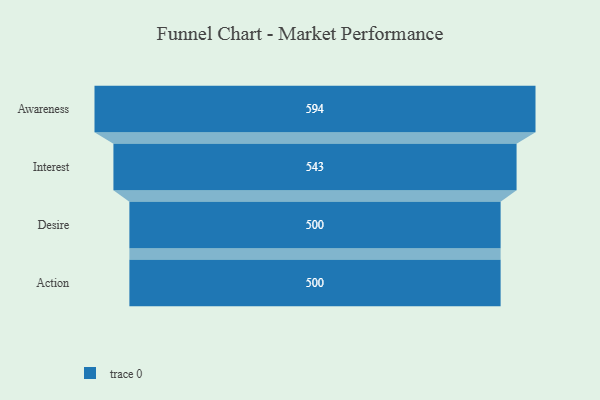
{"axis": {"x": "Stage", "y": "Value"}, "legend": [""], "data": [{"x": "Awareness", "y": 594.0, "type": ""}, {"x": "Interest", "y": 543.0, "type": ""}, {"x": "Desire", "y": 500, "type": ""}, {"x": "Action", "y": 500, "type": ""}]}